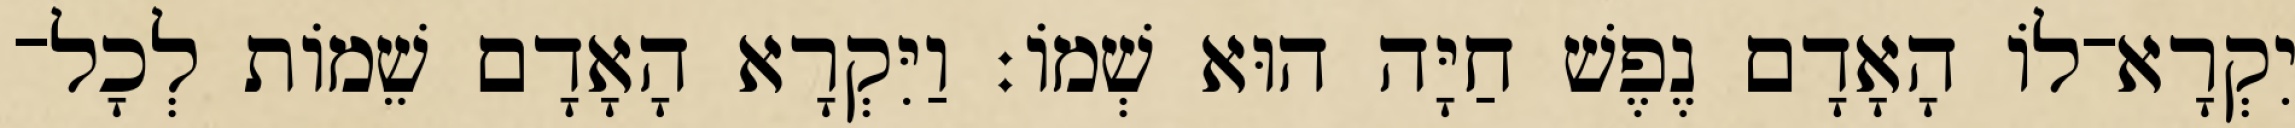
יִקְרָא־לֹו הָאָדָם נֶפֶשׁ חַיָּה הוּא שְׁמֹו׃ וַיִּקְרָא הָאָדָם שֵׁמֹות לְכָל־